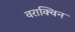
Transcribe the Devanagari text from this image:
वराक्विन